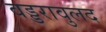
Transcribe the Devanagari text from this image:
वड्डरावुलद